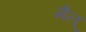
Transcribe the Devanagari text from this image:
मैल्